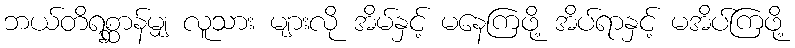
ဘယ်တိရစ္ဆာန်မျှ လူသား များလို အိမ်နှင့် မနေကြဖို့ အိပ်ရာနှင့် မအိပ်ကြဖို့